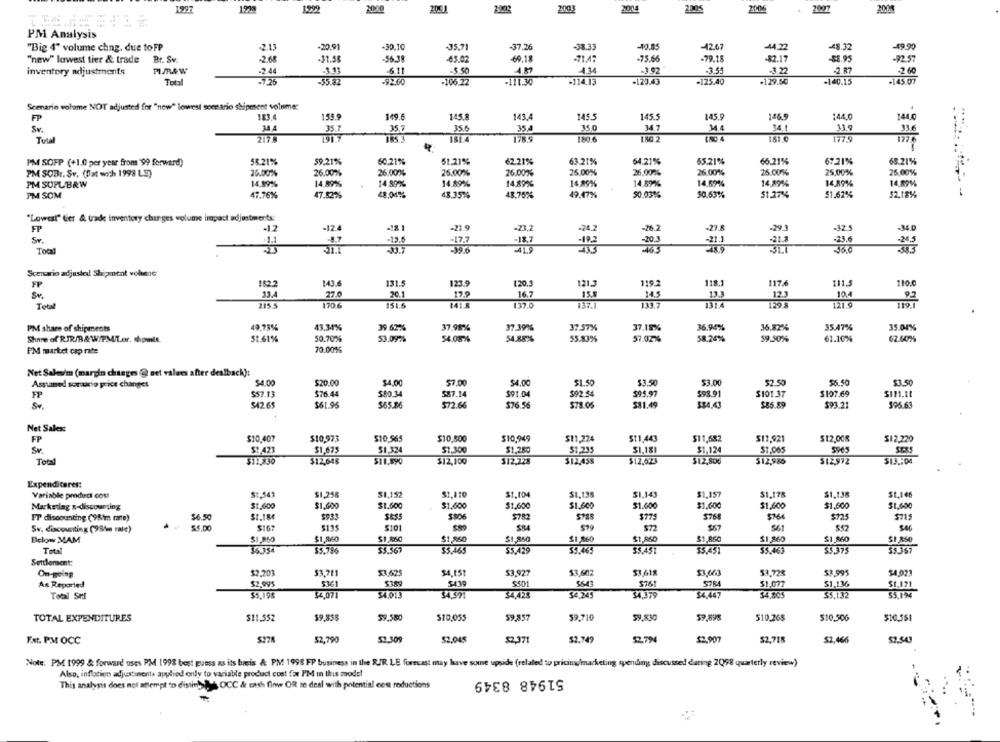
1999
2006
2007
1997
2001
2002
2003
2004
2004
PM Analysis
-49.90
"Big 4" volume chng. due toFP
-2.13
-20,91
-30.10
-35.71
-37,26
-38.33
-10.85
-42.67
-44.22
48.32
"new" lowest tier & trade
Br. Sv.
-2.68
-31.58
-56.38
-65.02
69.18
-71.47
-75.66
-79.18
-82.17
-$1.95
-92.57
inventory adjustments
PIMRAW
-2.44
-3.13
-6.11
-5.50
-3.92
-3.55
-3.22
-2.87
-2.60
Total
-7.26
-55.82
-92.60
-106.22
-111.30
.114,13
-125.40
.129.50
-140.15
-145.07
-123.43
Scenario volume NOT adjusted for "new" lowest scen ario shipment volume:
FP
183.4
155.9
149.6
145.8
143.
145.5
1455
145.9
1469
144,0
144,0
35.6
35.0
34.7
14.4
34.1
339
Sv.
35.7
35,7
35.4
33.6
Tutal
1917
185.3
181.4
180 6
1.80.4
151.0
1779
PM SOPP (+1.0 per year from '99 forward)
58.21%
59.21%
60.21%
51.21%
62.21%
63.21%
64.21%
65.21%
66.21%
67.21%
68.21%
26.00%
25.00%
26,00%
25.00%%
PM SOB :. Sv. (Dat wich 1998 LS)
26.00%
26.00%
26.00%
26.00%
26.00%
25.00%
25.00%
PM SOPL B&W
14,59%
14.89%
14.89%
14.89%
14,89%
14,89%%
14.89%
14.69%
14.89%
14,89%
PM SOM
47.76%
49.47%
47.52%
48.04%
43.35%
48.75%
50.03%
50.63%
$1.27%
$1,62%
$2.18%
"Lovest" Ger & trade inventory changes volume impact adjustments:
FP
-12
-12.4
-181
-21.9
-23,2
-24.2
-27.8
-29
-32.5
Sr.
9.7
-18.7
-102
-20.3
-21]
31.5
23.6
243
Total
Scenario adjusted Shipment vekene:
182.2
143.6
131.5
123.9
120,3
121.3
119.2
117.6
111.5
110.0
FP
Sv.
33.4
27.0
20.1
17.9
16.7
15.8
145
13.3
123
10.4
92
Total
215 5
170 6
151.6
137.0
137.1
133.7
1314
1295
121.9
119.1
PM share of shipments
49,73%
43,34%
39 62%
37.98%
37.39%
37.57%
37.15%
36.94%
36.82%
35.47%
35.04%
Share of RIR/B&W/PMILor, chpmit.
51.61%
50.70%
53.09%
54.08%%
54.88%
55.83%
57.02%
58.24%
59.50%
61.10%
62.60%
70.0016
PM market cap rate
Net Sales/m (margin changes @ set valem after dealback):
Assumed sorrio price changes
$4.00
$20.00
$4.00
57.00
54.00
$1.50
53.50
$3.00
$2.50
56.50
53.50
FP
$57.13
$76.44
$80.34
587.14
$91.04
$92.54
$95.97
$98.91
$101.37
$107.69
Sv.
$42.65
$61.95
$55.86
572.66
$76.56
$78.05
$$1.49
$85.89
$93.21
506.63
Net Sales:
FP
$10,407
$10,973
$10.565
$10,800
$10,949
$11,224
$11,443
511,682
$17,921
$12,008
$1 2,220
$1,423
$1.675
$1,324
$1.300
$1.280
51.235
$1.181
$1.124
$1,065
Total
$12,830
$12,645
$11,590
$12,100
$12.228
$12,455
$12,523
$12,806
$12,986
$12,972
$1J .: 04
Expenditures:
Variable product cous
$1.541
$1.256
$1.152
$1,110
$1.104
51,138
$1,143
$1,157
$1,178
$1,138
St.166
$1,600
$1,600
$1.600
$1.600
$1,600
$1.600
$1.600
$1.600
$1.600
$1,500
$1,600
Markering x-discounting
FP discounting (9Sim mare)
$6.50
$1.184
$935
SE55
$806
$782
$775
5768
5164
$725
$715
$5.00
$163
$101
$19
$52
Sv. discounting (95/m rate)
Below MAM
$1,860
$1.860
$1,860
S1 850
$1,860
$1,860
$1 860
$1,260
$1,860
$1,850
Total
35.334
$5,796
$3.561
$5.465
$5.429
35.465
$3.451
$5.451
$5.463
$5.375
55.357
Settlement:
53 675
54.15!
53.927
53,618
$3,663
$3.728
53.995
5.4 021
On-going
$3,711
53,602
As Reported
$2,995
5361
$38
$439
$501
5643
5784
51.077
$1,136
$1.171
$5.198
34.071
34015
34.391
34.423
52 245
34.379
34,447
$4,805
$5,194
Total SH
35,132
TOTAL EXPENDITURES
$11.552
59.858
59.580
$10,055
59,857
59,710
59.830
$9,895
$10.26$
510,506
$10.5$1
52,790
52,309
52,045
$2.371
52.749
52.794
$2.907
$2.718
Fat. PM OCC
$2,466
52,543
Note: PM 1999 & forward uses PM 1993 best guess as its breis & PM 1998 FP business in the R/R. LE forecast may have some upside (related to pricing/marketing spending discussed dating 2098 quarterly review)
Also, inflation adjustinents applied only to variable product cost fax I'M in this model
51948 8349
This analysis does not attempt to distinta OCC & cash flow OR to deal with potential cest reductions